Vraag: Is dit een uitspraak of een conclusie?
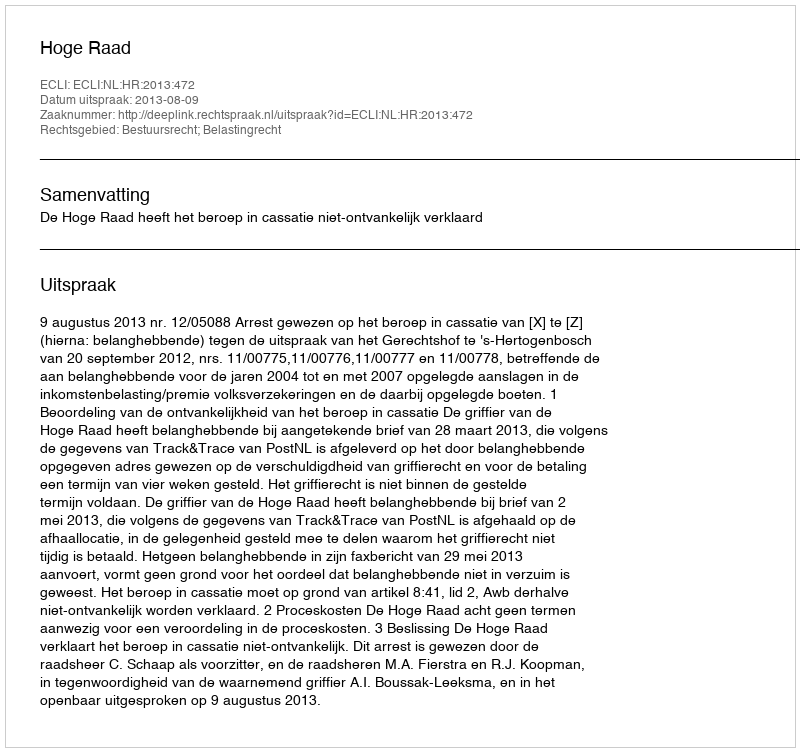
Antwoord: Uitspraak